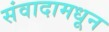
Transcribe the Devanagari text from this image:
संवादामधून